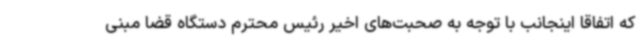
که اتفاقا اینجانب با توجه به صحبت‌های اخیر رئیس محترم دستگاه قضا مبنی